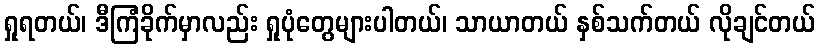
ရှုရတယ်၊ ဒီကြံခိုက်မှာလည်း ရှုပုံတွေများပါတယ်၊ သာယာတယ် နှစ်သက်တယ် လိုချင်တယ်